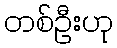
တစ်ဦးဟု